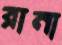
রানা